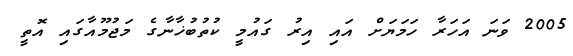
2005 ވަނަ އަހަރާ ހަމަޔަށް އައި އިރު ގައުމީ ކުތުބުޚާނާގެ މަޖުމޫއާގައި އޮތީ